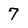
Character: 7